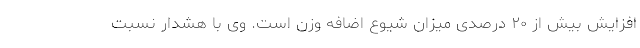
افزایش بیش از ۲۰ درصدی میزان شیوع اضافه وزن است. وی با هشدار نسبت